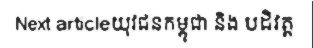
Next articleយុវជនកម្ពុជា និង បដិវត្ត